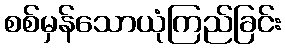
စစ်မှန်သောယုံကြည်ခြင်း